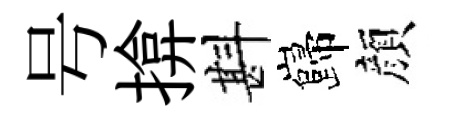
号揜斟巋顔